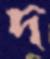
দ